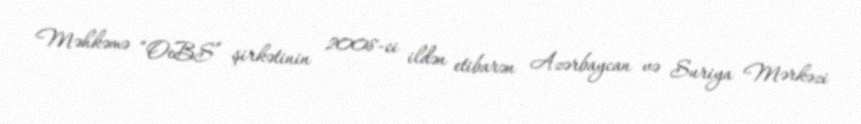
Məhkəmə “OeBS” şirkətinin 2008-ci ildən etibarən Azərbaycan və Suriya Mərkəzi